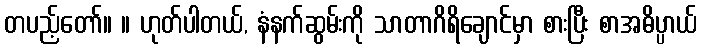
တပည့်တော်။ ။ ဟုတ်ပါတယ်, နံနက်ဆွမ်းကို သာတာဂိရိချောင်မှာ စားပြီး စာအဓိပ္ပာယ်